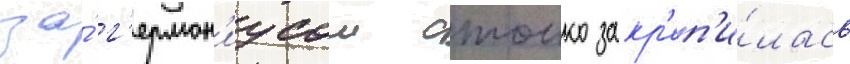
за́ г'ермон'иусом стоико закр'еп'и́лась